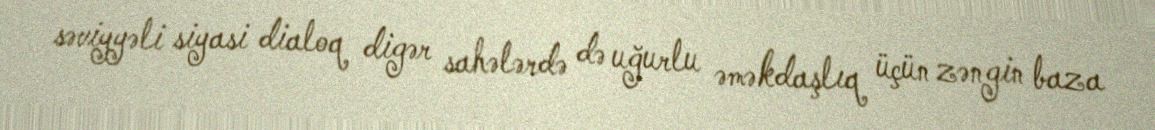
səviyyəli siyasi dialoq digər sahələrdə də uğurlu əməkdaşlıq üçün zəngin baza